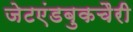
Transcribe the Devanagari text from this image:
जेटएंडबुकचैरी